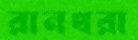
রানখরা